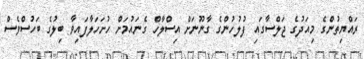
ރައްޔިތުންގެ މިއަދުގެ ޖަލްސާގައި ފުލުހުންގެ ގާނޫނަށް އިސްލާހް ގެނައުމަށް ހުށަހަލާފައިވާ ބިލުގެ ބަހުސްވެސް